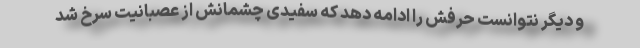
و دیگر نتوانست حرفش را ادامه دهد که سفیدی چشمانش از عصبانیت سرخ شد